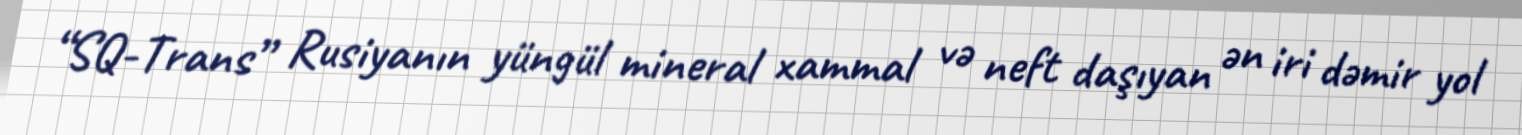
“SQ-Trans” Rusiyanın yüngül mineral xammal və neft daşıyan ən iri dəmir yol